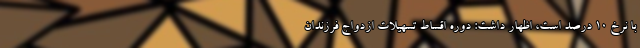
با نرخ ۱۰ درصد است، اظهار داشت: دوره اقساط تسهیلات ازدواج فرزندان